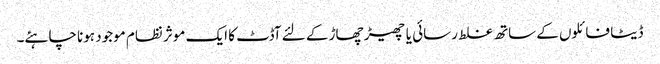
ڈیٹا فائلوں کے ساتھ غلط رسائی یا چھیڑ چھاڑ کے لئے آڈٹ کا ایک موثر نظام موجود ہونا چاہئے۔